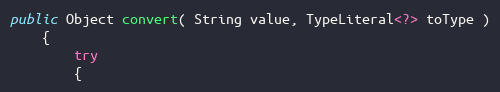
Language: Java
public Object convert( String value, TypeLiteral<?> toType )
    {
        try
        {